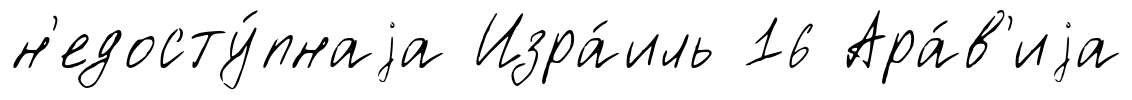
н'едосту́пнаjа Изра́иль 16 Ара́в'иjа